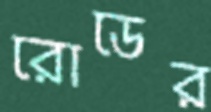
রোডের